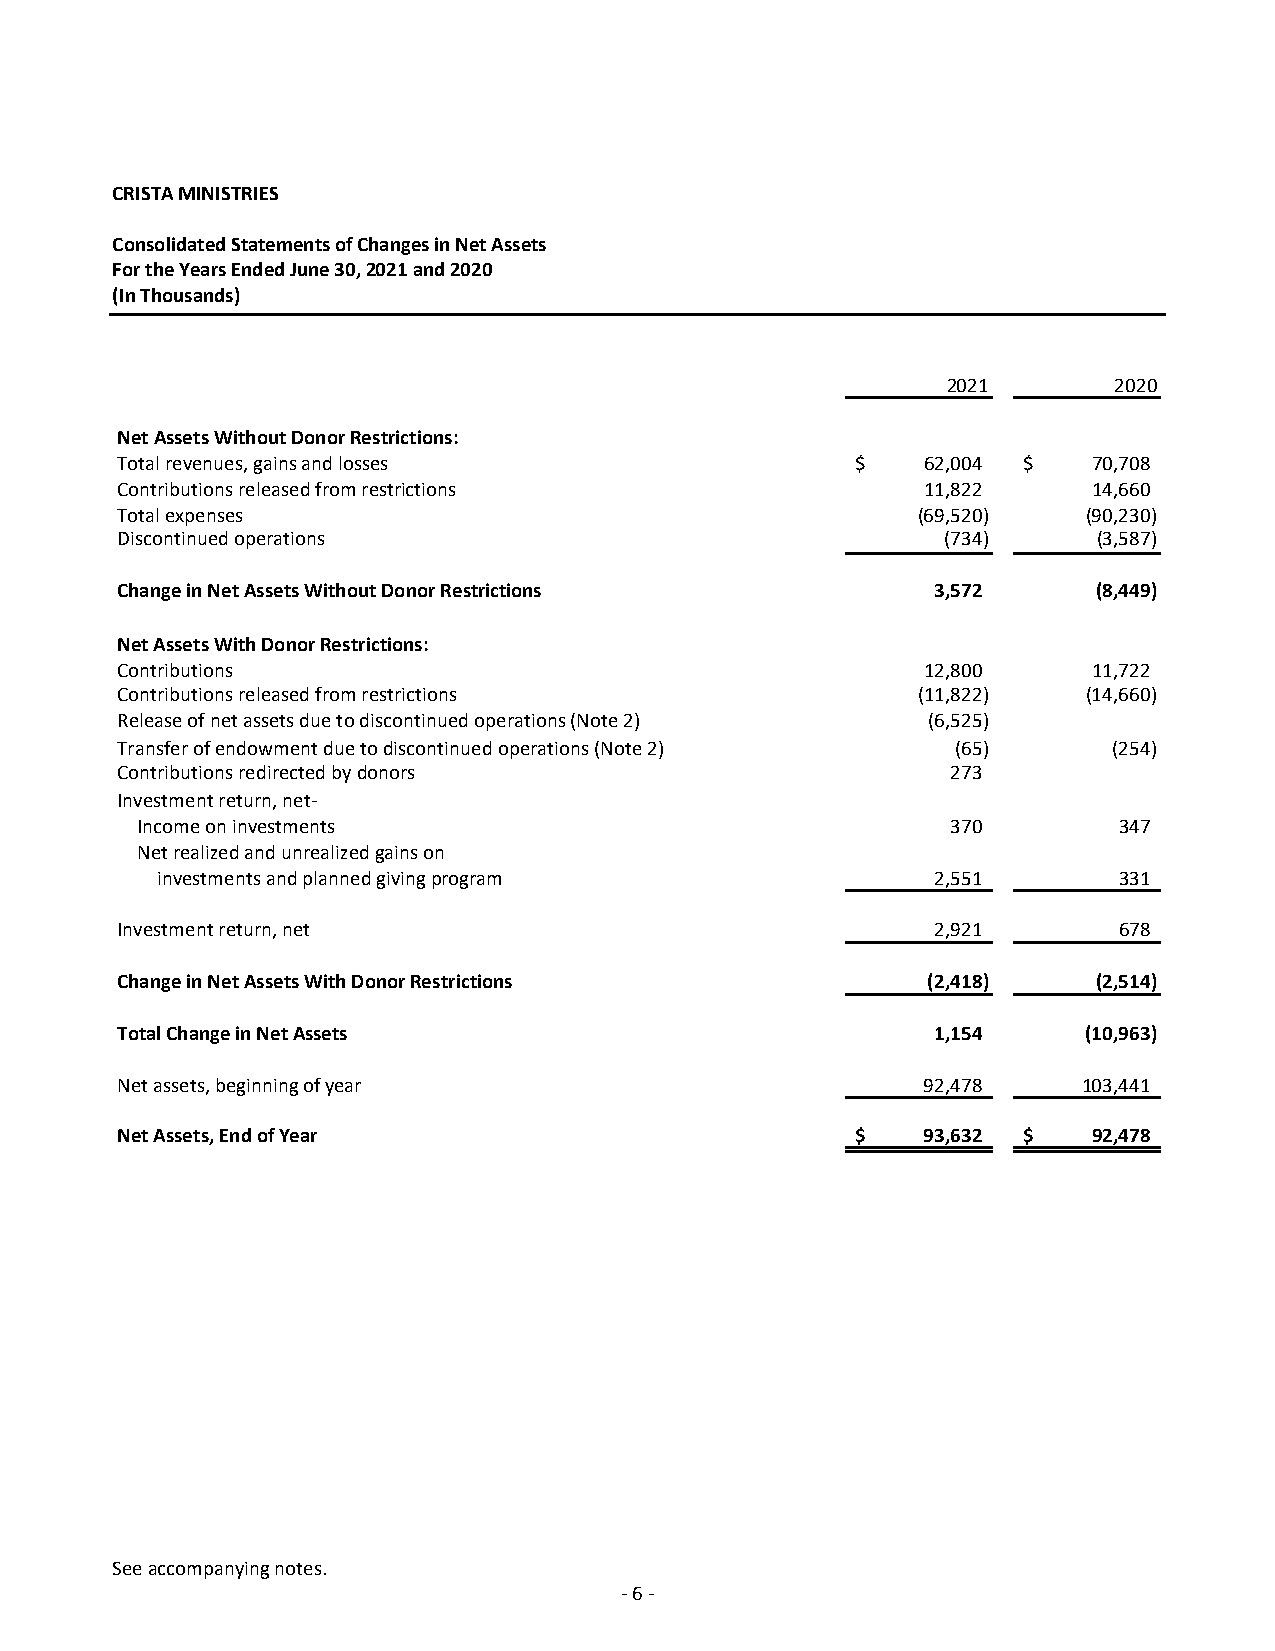
CRISTA MINISTRIES
 Consolidated Statements of Changes in Net Assets
 For the Years Ended June 30, 2021 and 2020
 (In Thousands)
 2021       2020
 Net Assets Without Donor Restrictions:
 Total revenues, gains and losses                 $   62,004 $   70,708
 Contributions released from restrictions             11,822     14,660
 Total expenses                                       (69,520)   (90,230)
 Discontinued operations                                (734)     (3,587)
 Change in Net Assets Without Donor Restrictions       3,572      (8,449)
 Net Assets With Donor Restrictions:
 Contributions                                        12,800     11,722
 Contributions released from restrictions             (11,822)   (14,660)
 Release of net assets due to discontinued operations (Note 2) (6,525)
 Transfer of endowment due to discontinued operations (Note 2) (65) (254)
 Contributions redirected by donors                     273
 Investment return, net‐
 Income on investments                                 370        347
 Net realized and unrealized gains on
 investments and planned giving program              2,551       331
 Investment return, net                                2,921       678
 Change in Net Assets With Donor Restrictions         (2,418)     (2,514)
 Total Change in Net Assets                            1,154     (10,963)
 Net assets, beginning of year                        92,478     103,441
 Net Assets, End of Year                          $   93,632 $   92,478
 See accompanying notes.
 “CNFSDONOTEMAIL,”
 ‐ 6 ‐